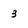
Character: 3